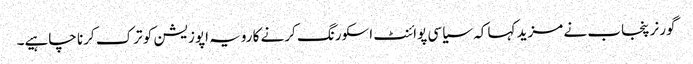
گورنر پنجاب نے مزید کہا کہ سیاسی پوائنٹ اسکورنگ کرنے کا رویہ اپوزیشن کو ترک کرنا چاہیے۔